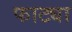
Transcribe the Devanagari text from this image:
फाट्या